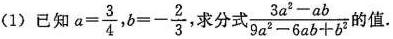
(1)已知 $$a = \frac { 3 } { 4 }$$ $$b = - \frac { 2 } { 3 }$$，求分式 $$\frac { 3 a ^ { 2 } - a b } { 9 a ^ { 2 } - 6 a b + b ^ { 2 } }$$值.